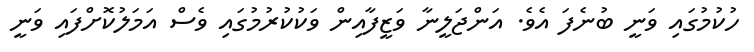
ހުކުމުގައި ވަނީ ބުނެފަ އެވެ. އަންޖަލީނާ ވަޒީފާއިން ވަކުކުރުމުގައި ވެސް އަމަލުކޮށްފައި ވަނީ